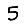
Digit: 5